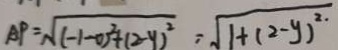
A P = \sqrt { ( - 1 - 0 ) ^ { 2 } + ( 2 - y ) ^ { 2 } } = \sqrt { 1 + ( 2 - y ) ^ { 2 . } }